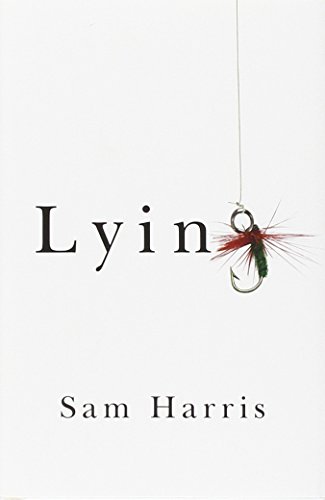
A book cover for Lying; Sam Harris; Health, Fitness & Dieting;